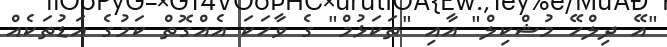
"އޭ ދިލްހޭ މުޝްކިލް" އާއި "ތަކަޅުމް" ގެ ވާހަކަ އެއްގޮތް ކަމުގެ އަޑުތަކެއް